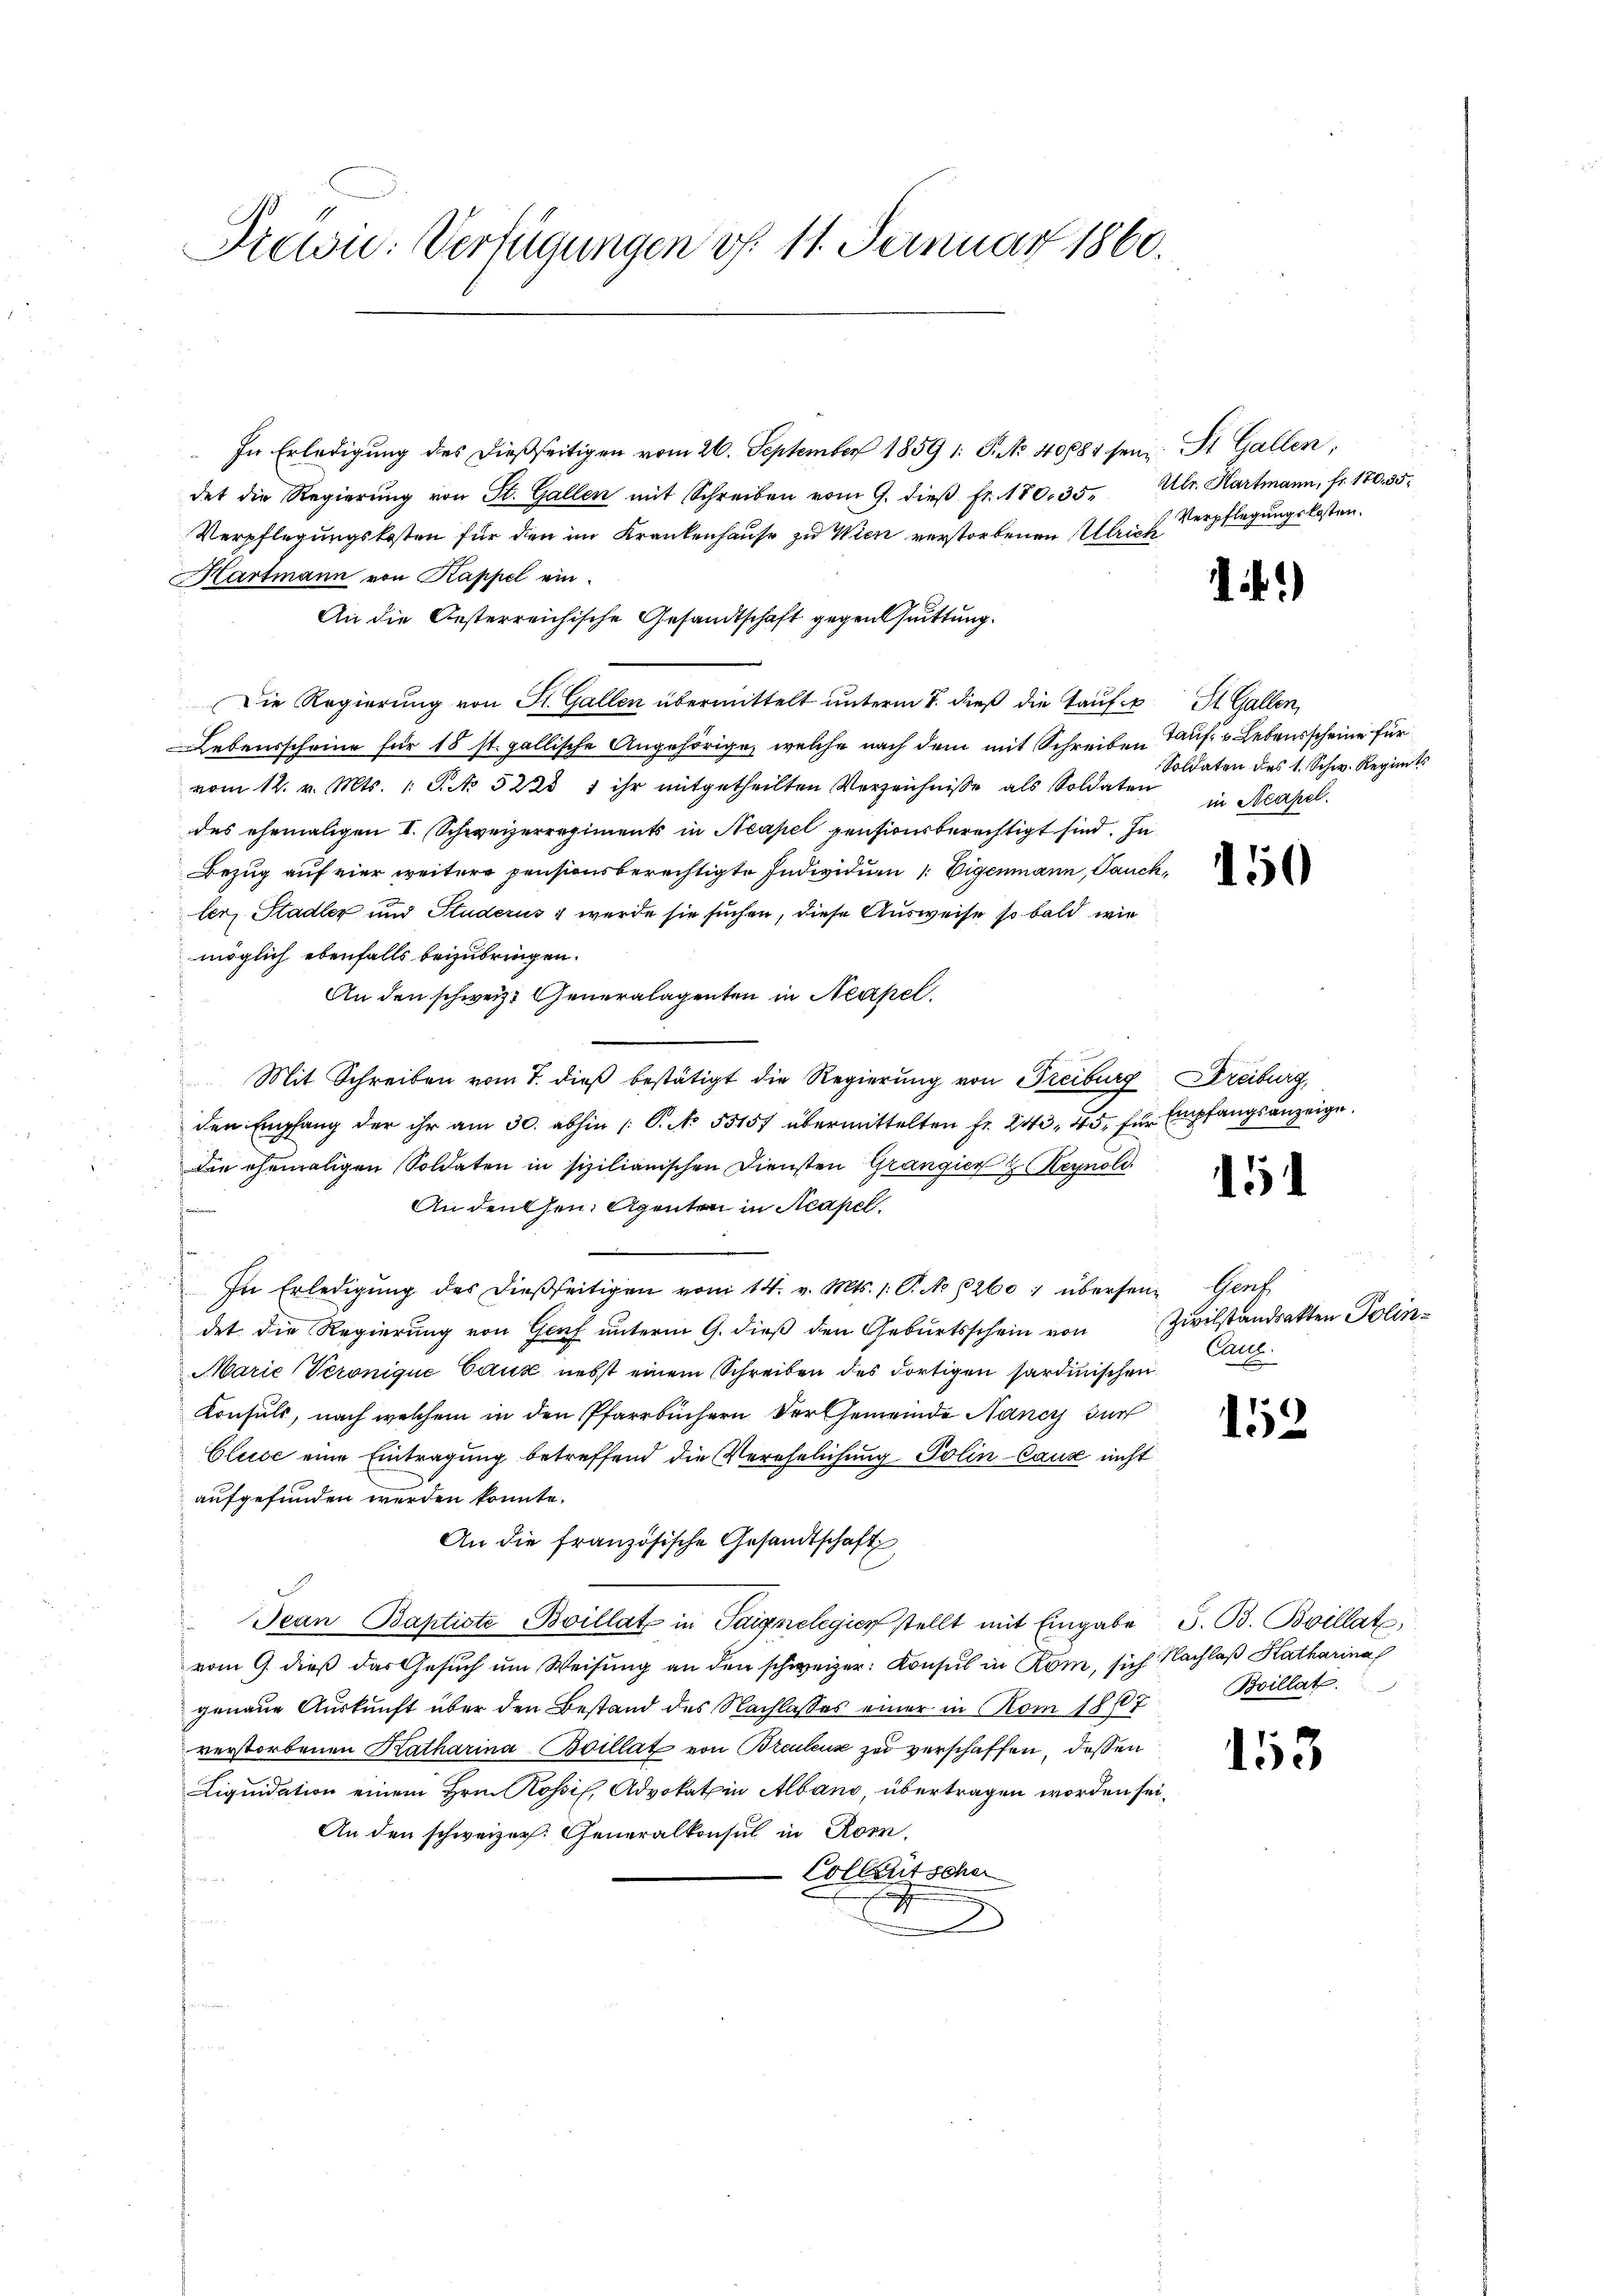
Drein. Verfügungen v. 11. Januar 1860.

In Erledigung des dießseitigen vom 26. September 1859 1: P. Nr. 40881 sein St. Gallen,
det die Regierŭng von St. Gallen mit Schreiben vom 9. dieβ fr. 180. 35. Ulr. Hartmann, fr. 170. 35.
Verpflegungskosten für den im Krankenhause zu Wien verstorbenen Ulrich
Hartmann von Kappel ein¬
An die Oesterreichische Gesandtschaft gegen Quittung.
Die Regierung von St. Gallen übermittelt unterm 7. dieß die Tauf St. Gallen,
Lebensscheine für 18 st. gallische Angehörige, welche nach dem mit Schreiben Tauf- u Lebensscheine für
vom 12. v. Mts. 1. S. No 5223 1 ihr mitgetheilten Verzeichnisse als Soldaten in Neapel.
des ehemaligen I. Schweizerregiments in Neapel pensionsberechtigt sind. In
Bezug auf eine weitere pensionsberechtigte Individuen 1. Eigenmann, auch,
ler, Stadler und Studerus werde sie suchen, diese Ausweise so bald wie
möglich ebenfalls beizubringen.
An den schweiz. Generalagenten in Neapel.
Mit Schreiben vom 7. dieß bestätigt die Regierung von Freiburg, Dreiburg,
den Empfang der ihr am 30. abhin (S. No. 53157 übermittelten Fr. 243, 45, für Empfangsanzeige.
die ehemaligen Soldaten in sizilianischen Diensten Grangier & Keynold
An densen Agenten in Acapel.
In Erledigŭng des dießseitigen vom 14. v. Mts. 1. P. No 8260; übersen Genf
det die Regierung von Genf unterm 9. dieß den Geburtsschein von Zivilstandsakten Polin¬
Marie Veronique Caux nebst einem Schreiben des dortigen sardinischen
Konsuls, nach welchem in den Pfarrbüchern der Gemeinde Nancy dur
Cluse eine Eintragung betreffend die Verehelichung Polin-Cause nicht
aufgefunden werden könnte.
An die französische Gesandtschaft
Jean Baptiste Boillat in Saignelegier stellt mit Eingabe S. B. Boillat
vom 9. dieß das Gesuch um Weisung an den schweizer: Konsul in Rom, sich Nachlaß Katharina
genaue Auskunft über den Bestand des Nachlasses einer in Rom 18 f.
verstorbenen Katharina Boillat von Breuleuse zu verschaffen, dessen
Liquidation einem Hrn. Rossil, Advokat in Alband, übertragen worden sei,
An den schweizer. Generalkonsul in Rom.
Collentscher
e
.

Verpflegungskosten.

)

Soldaten des 1. Schw. Regimts

15

Canz.

152

Bvillat

153